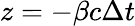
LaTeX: z=-\beta c\Delta t